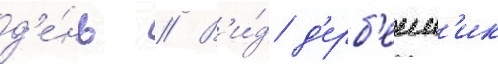
д'е́нь // В'и́д д'ерб'енн'ик